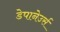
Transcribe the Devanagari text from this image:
डेपानेउर्स